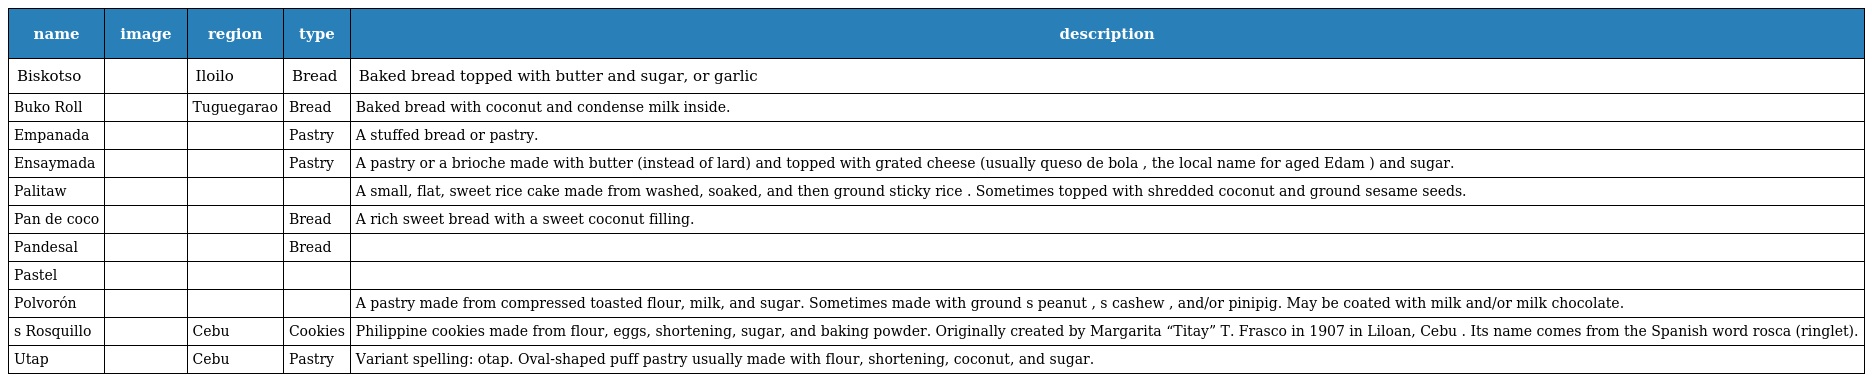
| name | image | region | type | description |
 | --- | --- | --- | --- | --- |
 | Biskotso |  | Iloilo | Bread | Baked bread topped with butter and sugar, or garlic |
 | Buko Roll |  | Tuguegarao | Bread | Baked bread with coconut and condense milk inside. |
 | Empanada |  |  | Pastry | A stuffed bread or pastry. |
 | Ensaymada |  |  | Pastry | A pastry or a brioche made with butter (instead of lard) and topped with grated cheese (usually queso de bola , the local name for aged Edam ) and sugar. |
 | Palitaw |  |  |  | A small, flat, sweet rice cake made from washed, soaked, and then ground sticky rice . Sometimes topped with shredded coconut and ground sesame seeds. |
 | Pan de coco |  |  | Bread | A rich sweet bread with a sweet coconut filling. |
 | Pandesal |  |  | Bread |  |
 | Pastel |  |  |  |  |
 | Polvorón |  |  |  | A pastry made from compressed toasted flour, milk, and sugar. Sometimes made with ground s peanut , s cashew , and/or pinipig. May be coated with milk and/or milk chocolate. |
 | s Rosquillo |  | Cebu | Cookies | Philippine cookies made from flour, eggs, shortening, sugar, and baking powder. Originally created by Margarita “Titay” T. Frasco in 1907 in Liloan, Cebu . Its name comes from the Spanish word rosca (ringlet). |
 | Utap |  | Cebu | Pastry | Variant spelling: otap. Oval-shaped puff pastry usually made with flour, shortening, coconut, and sugar. |